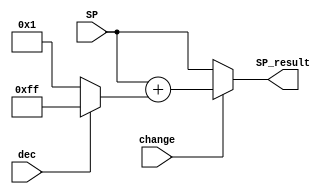
`default_nettype none

module sp_comb
  #(parameter
    saddr_width = 8
    )
(
 input [saddr_width-1:0]  SP,
 input                    dec,
 input                    change,
 output [saddr_width-1:0] SP_result
 );


   wire [saddr_width-1:0] result;
   wire [saddr_width-1:0] arg;
assign arg = dec ? -1 : 1;
assign result = change ? SP + arg : SP;

`ifdef NO_MANUAL_LUTS

   wire [saddr_width-1:0] carry;

assign carry[0] = change ^ dec;

   genvar                 i;
for (i = 0; i < saddr_width; i = i + 1)
 begin
   SB_LUT4 #(.LUT_INIT(i != 0 ? 16'b1001_0110_1100_1100 : 16'b0011_0011_1100_1100))
   incdec(.O(SP_result[i]),
          .I0(carry[i]),
          .I1(SP[i]),
          .I2(dec),
          .I3(change));

   if (i < saddr_width-1)
     SB_CARRY carry(.CO(carry[i+1]),
                    .CI(carry[i]),
                    .I0(SP[i]),
                    .I1(dec));
end

`ifdef FORMAL
$assert(SP_result == result);
`endif

`else

assign SP_result = result;

`endif

endmodule


module stack
  #(parameter
    saddr_width = 8,
    width = 16
    )
(
 input                  clk,
 input                  reset,
 input                  wait_state,

 input [width-1:0]      D,
 input                  dec,
 input                  change,
 input                  update,
 output reg [width-1:0] Q
 );

   reg [width-1:0]  stack_mem[0:(2**saddr_width)-1];
   reg [saddr_width-1:0] SP;
   wire [saddr_width-1:0] SP_result;

sp_comb #(.saddr_width(saddr_width))
sp_comb(/*AUTOINST*/
        // Outputs
        .SP_result                      (SP_result[saddr_width-1:0]),
        // Inputs
        .SP                             (SP[saddr_width-1:0]),
        .dec                            (dec),
        .change                         (change));

always @(posedge clk)
  if (reset)
    SP <= 0;
  else
    if (!wait_state)
      SP <= SP_result;

always @(posedge clk)
  if (!wait_state)
    if (update)
      stack_mem[SP_result] <= D;

always @(*)
  Q = stack_mem[SP];

endmodule